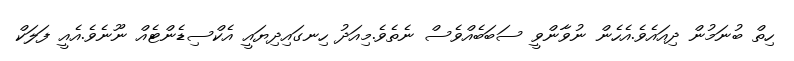
ހިތް ބުނަމުން ދިއައެވެ.އެހެން ނުވާންވީ ސަބަބެއްވެސް ނެތެވެ.މިއަދު ހިނގައިދިޔައީ އެކްސިޑެންޓެއް ނޫނެވެ.އެއީ ފަލަކް